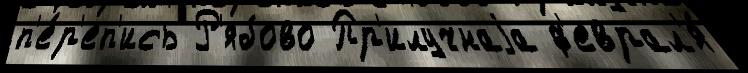
п'е́р'еп'ись Р'ябово Пр'илучнаjа ф'еврал'я́